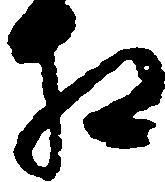
相